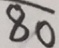
\overline { 8 0 }